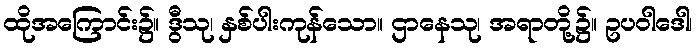
ထိုအကြောင်း၌။ ဒွီသု၊ နှစ်ပါးကုန်သော။ ဌာနေသု၊ အရာတို့၌။ ဥပဝါဒေါ၊